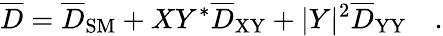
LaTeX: \overline{{{D}}}=\overline{{{D}}}_{\mathrm{SM}}+XY^{*}\overline{{{D}}}_{\mathrm{XY}}+|Y|^{2}\overline{{{D}}}_{\mathrm{YY}}\quad.